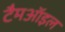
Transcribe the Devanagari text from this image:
टैमऑइल